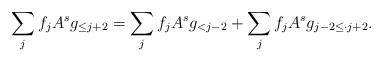
LaTeX: \begin{align*}\sum_j f_j A^s g_{\le j+2} = \sum_j f_j A^s g_{<j-2} + \sum_j f_j A^s g_{j-2\le \cdot j+2}.\end{align*}